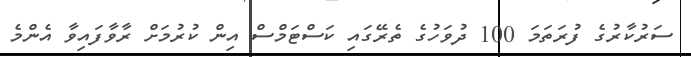
ސަރުކާރުގެ ފުރަތަމަ 100 ދުވަހުގެ ތެރޭގައި ކަސްޓަމްސް އިން ކުރުމަށް ރާވާފައިވާ އެންމެ